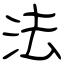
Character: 法